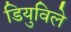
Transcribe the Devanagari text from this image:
डियुविले